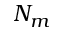
N _ { m }